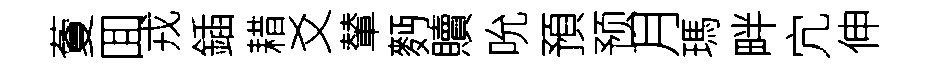
藑囬戎鍤耤爻輦麪贖吮預预月瑪畔宂伸